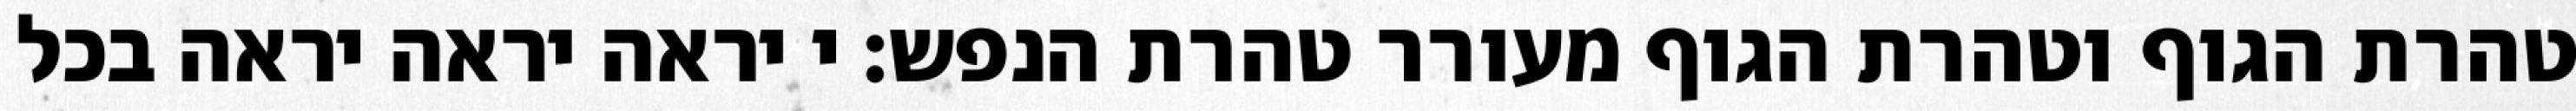
טהרת הגוף וטהרת הגוף מעורר טהרת הנפש: י יראה יראה יראה בכל